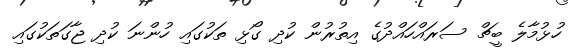
ހުޅުމާލެ ބީޗް ސަރައްހައްދުގެ އިތުރުން ކުދި ގޯޅި ތަކުގައި ހުންނަ ކުދި ޖާގަތަކުގައި